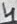
Text: 4